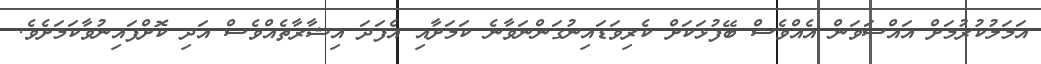
އަމަލުކުރުމަށް އައްސަވަން އެއްވެސް ބޭފުޅަކަށް ކެރިވަޑައިނުގަންނަވާނެ ކަމަށާއި އެފަދަ އިޝާރާތެއްވެސް އަދި ކޮށްފައިނުވާކަމަށެވެ.